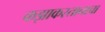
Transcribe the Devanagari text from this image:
कझाकस्तानाचा